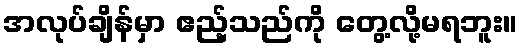
အလုပ်ချိန်မှာ ဧည့်သည်ကို တွေ့လို့မရဘူး။